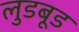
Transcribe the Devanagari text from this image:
लुडबूड